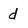
Character: d